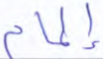
إلمام